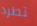
تطرد